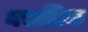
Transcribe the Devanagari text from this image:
मरालिक